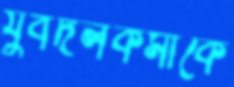
যুবদলকর্মীকে